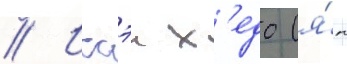
// Иссэи х'едо (я́п